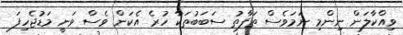
ވިއްކާލަން ނިންމި ނަމަވެސް ތަފާތު ސަބަބުތަކާ ހުރެ އެކަން ވެސް ވަނީ މަޑުޖެހިފަ